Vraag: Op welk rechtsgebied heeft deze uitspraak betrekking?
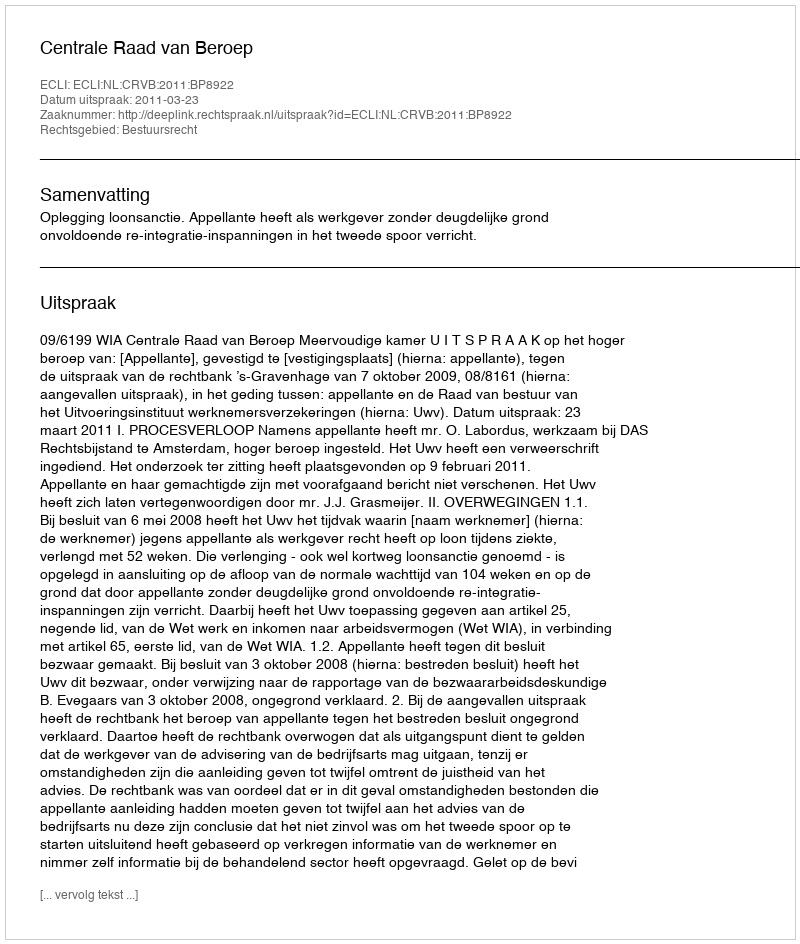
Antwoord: Bestuursrecht